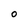
Character: O